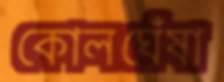
কোলঘেঁষা